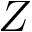
Z